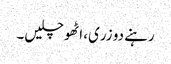
رہنے دو زری، اٹھو چلیں۔